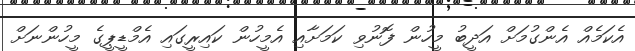
އެކަމެއް އެންގުމަށް އަދީބު މީހުން ފޮނުވި ކަމަށާއި އެމީހުން ކައިރީގައި އެމްޑީޕީގެ މީހުންނަށް